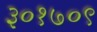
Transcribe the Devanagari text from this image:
३०१७०९